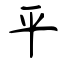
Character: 平